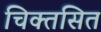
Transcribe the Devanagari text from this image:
चिक्तसित